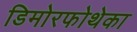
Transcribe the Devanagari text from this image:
डिमोरफोथेका